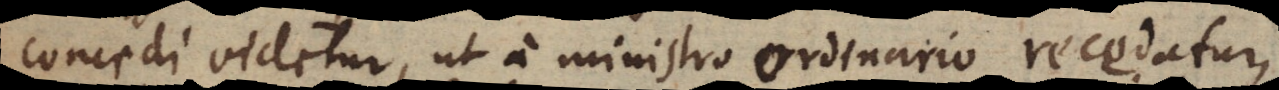
concedi videtur, ut a ministro ordinario recedatur,